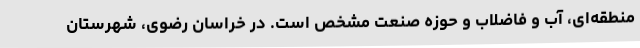
منطقه‌ای، آب و فاضلاب و حوزه صنعت مشخص است. در خراسان رضوی، شهرستان